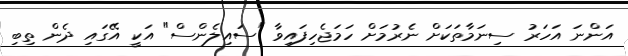
އަންނަ އަހަރު ސިނަމާތަކަށް ނެރުމަށް ހަމަޖެހިފައިވާ "ސައިލެންސް" އަކީ އޭގައި ދެން ތިބި